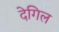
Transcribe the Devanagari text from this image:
देगिल